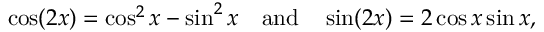
\cos ( 2 x ) = \cos ^ { 2 } x - \sin ^ { 2 } x \quad { \mathrm { a n d } } \quad \sin ( 2 x ) = 2 \cos x \sin x ,